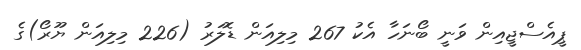
ޕީއެސްޖީއިން ވަނީ ބޯނަހާ އެކު 267 މިލިއަން ޑޮލަރު (226 މިލިއަން ޔޫރޯ)ގެ